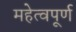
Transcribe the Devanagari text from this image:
महेत्वपूर्ण